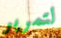
لتمرير